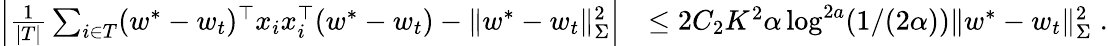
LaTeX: \begin{array}{rl}{\left|\frac{1}{|T|}\sum_{i\in T}(w^{*}-w_{t})^{\top}x_{i}x_{i}^{\top}(w^{*}-w_{t})-\| w^{*}-w_{t}\| _{\Sigma}^{2}\right|}&{\leq 2C_{2}K^{2}\alpha\log^{2a}(1/(2\alpha))\| w^{*}-w_{t}\| _{\Sigma}^{2}\; .}\end{array}